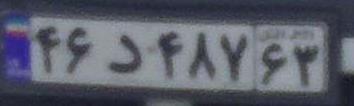
۴۶د۴۸۷۶۳